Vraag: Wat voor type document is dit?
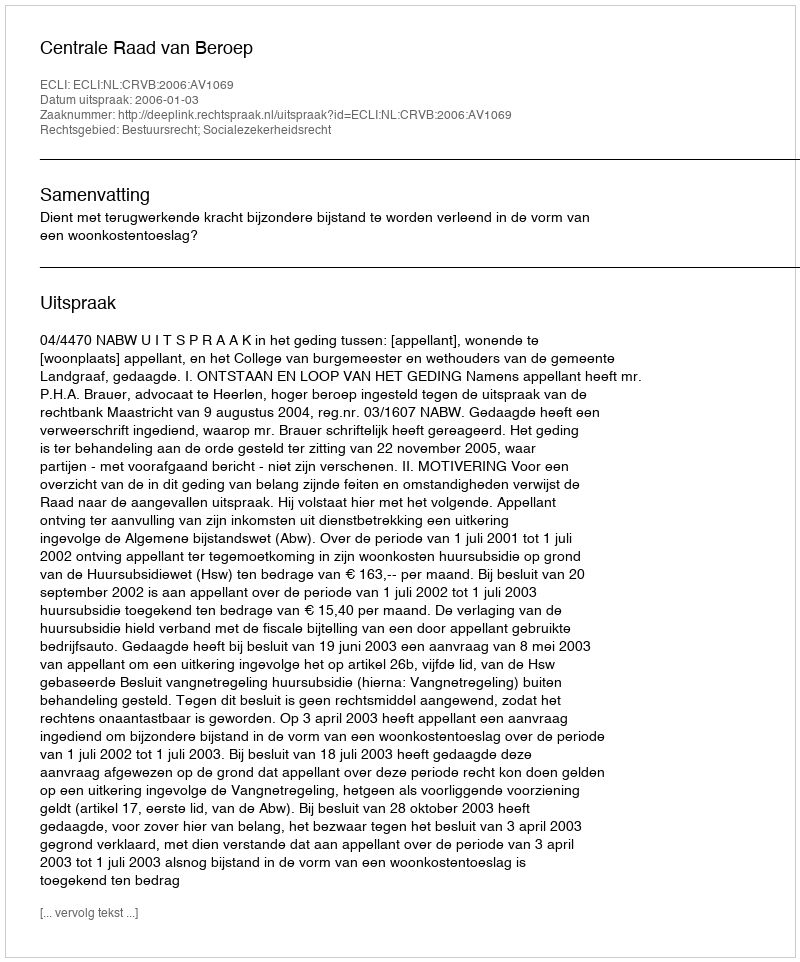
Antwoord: Uitspraak